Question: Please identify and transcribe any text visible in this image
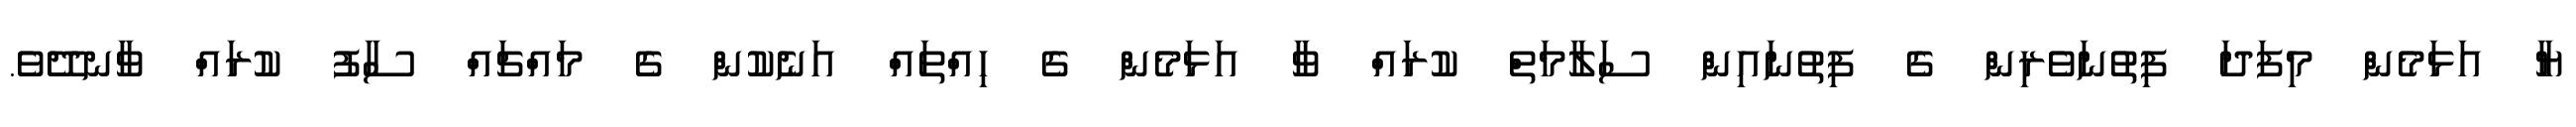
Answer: ޔާ އަޅަމެން މިފަދަ ފިތުނަވެރިން ގެ ފިތުނައިން ސަލާމަތް ކުރައް ވާ އަޅަމެން ގެ ހިއްތައް އަނެކުން ގެ މައްޗައް ސާފު ކުރައް ވާނދޭވެ.